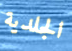
الجلدية